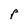
Character: P